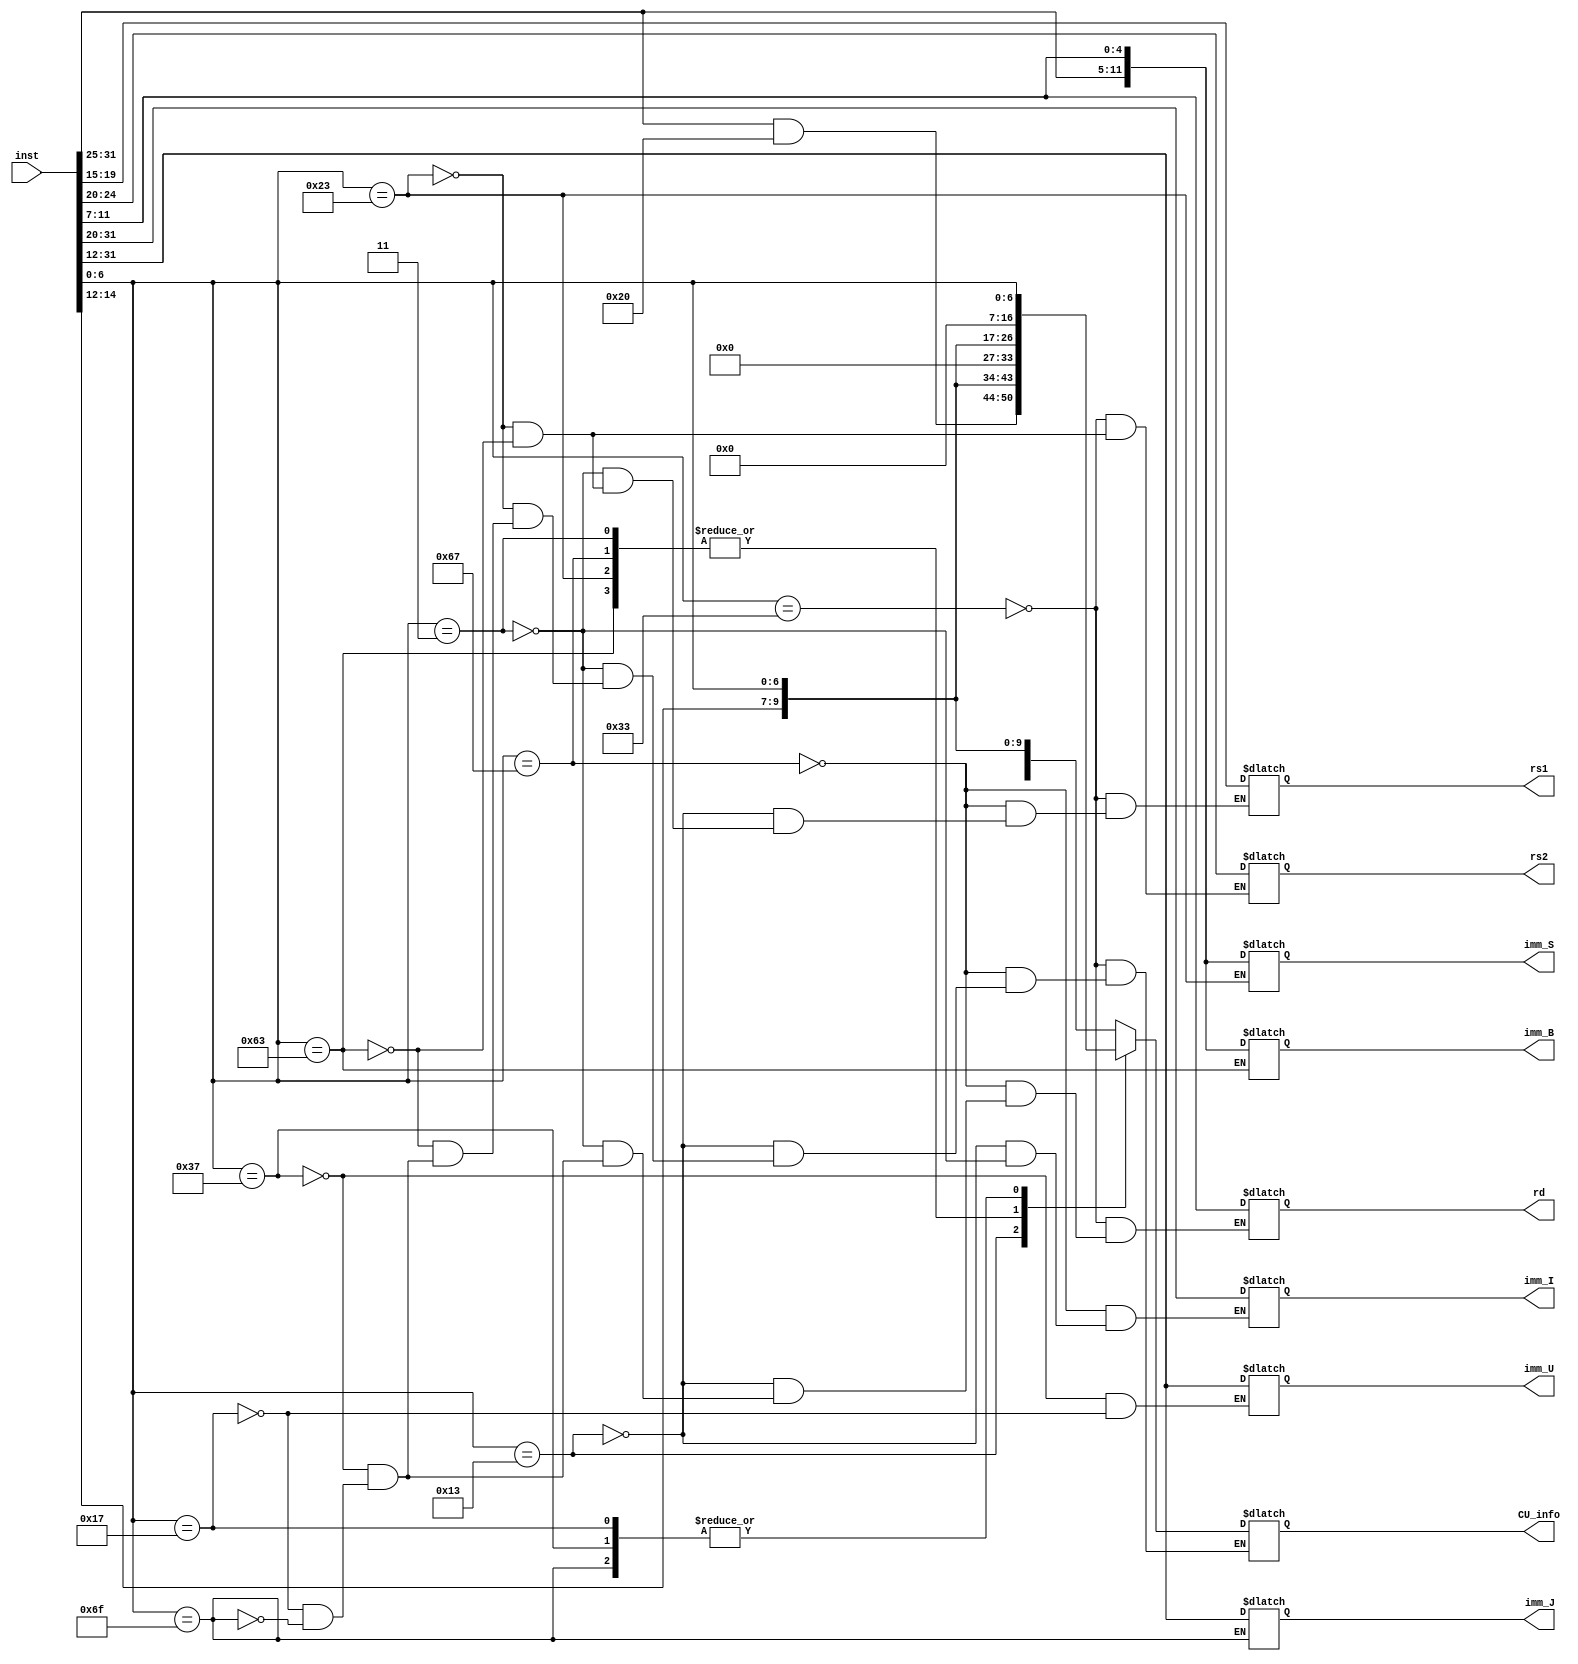
`timescale 1ns / 1ps

module Decode(inst, rs1, rs2, rd, imm_I, imm_S, imm_B, imm_U, imm_J,  CU_info);

input [31:0] inst;
output reg [4:0] rs1, rs2, rd;
output reg [11:0]imm_I;
output reg [11:0]imm_S;
output reg [11:0]imm_B;
output reg [19:0]imm_U;
output reg [19:0]imm_J;
output reg [16:0]CU_info;


reg [6:0] opcode;
reg [2:0] funct3;
reg [6:0] funct7;


always @(*) begin

opcode = inst[6:0];

case(opcode)

	7'b0110011: begin // R type instruction
	
	 rd = inst[11:7];
	 funct3 = inst[14:12];
	 rs1 = inst[19:15];
	 rs2 = inst[24:20];
	 funct7 = inst[31:25];
	 CU_info = {funct7, funct3, opcode};
	end


	7'b1100111: begin // I type instruction
	 rd = inst[11:7];
	 funct3 = inst[14:12];
	 rs1 = inst[19:15];
	 imm_I = inst[31:20]; 
	 CU_info = {7'b0, funct3, opcode};
	end
	
	7'b0010011: begin // I type instruction 
	 rd = inst[11:7];
	 funct3 = inst[14:12];
	 rs1 = inst[19:15];
	 imm_I = inst[31:20]; 
	 CU_info = {{inst[31:25] & 7'b0100000}, funct3, opcode};
	end
	
	7'b0000011: begin // I type instruction
	 rd = inst[11:7];
	 funct3 = inst[14:12];
	 rs1 = inst[19:15];
	 imm_I = inst[31:20]; 
	 CU_info = {7'b0, funct3, opcode};
	end
	

	7'b0100011: begin // S type instruction
	
	 imm_S = {inst[31:25], inst[11:7]};
	 funct3 = inst[14:12];
	 rs1 = inst[19:15];
	 rs2 = inst[24:20];
	 CU_info = {7'b0, funct3, opcode};
	end
	
	7'b1100011: begin // B type instruction
	
	 imm_B = {inst[31:25], inst[11:7]};
	 funct3 = inst[14:12];
	 rs1 = inst[19:15];
	 rs2 = inst[24:20];
	 CU_info = {7'b0, funct3, opcode};
	
	end

	7'b0110111: begin // U type instruction
	 
	 rd = inst[11:7];
	 imm_U = inst[31:12];
	 CU_info = {10'b0, opcode};
	 
	end
	
	7'b0010111: begin // U type instruction
	 
	 rd = inst[11:7];
	 imm_U = inst[31:12];
	 CU_info = {10'b0, opcode};
	
	end

	7'b1101111: begin // J type instruction
	
	 rd = inst[11:7];
	 imm_J= inst[31:12];
	 CU_info = {10'b0, opcode};
	 
	end

endcase

end

endmodule